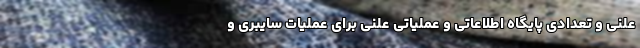
علنی و تعدادی پایگاه اطلاعاتی و عملیاتی علنی برای عملیات سایبری و